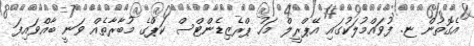
އެގޮތުން ޏ. ފުވައްމުލަކުގައި އޭޕްރީލް މަހު ޕްރެޒިޑެންޓްސް ކަޕްގެ މުބާރާތެއް ވަނީ ބާއްވައިފަ